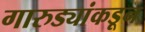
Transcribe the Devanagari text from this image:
गारुड्यांकडून